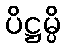
ပိဋ္ဌမ္ပိ